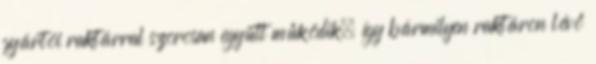
gyártói raktárral szorosan együtt működik, így bármilyen raktáron lévő